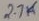
Text: 2.7K